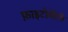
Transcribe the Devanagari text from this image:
फ़ाइटोथेरेपी